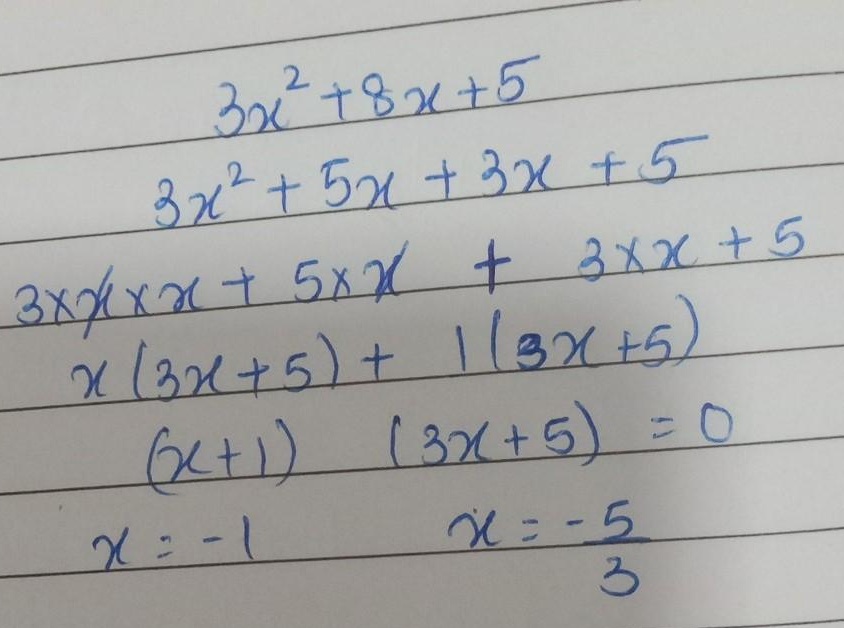
\[
\begin{align*}
&3x^{2}+8x + 5\\
&3x^{2}+5x+3x + 5\\
&3\times x\times x+ 5\times x+ 3\times x + 5\\
&x(3x + 5)+1(3x + 5)\\
&(x + 1)(3x + 5)=0\\
&x=-1\quad\text{或}\quad x=-\frac{5}{3}
\end{align*}
\]